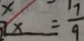
x = \frac { 7 } { 9 }